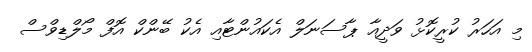
މި އަހަރު ކުރީކޮޅު ވަދީއާ ޕާސަނަލް އެކައުންޓާއި އެކު ބޭންކް އޮފް މޯލްޑިވްސް